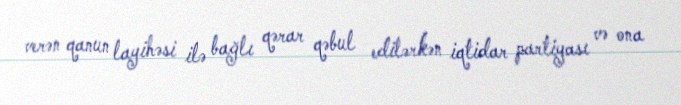
verən qanun layihəsi ilə bağlı qərar qəbul edilərkən iqtidar partiyası və ona